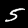
Label: 5